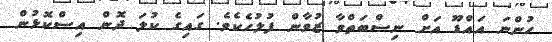
ހުންނަ އައްޑޫ އަށް ނިސްބަތްވާ ޒުވާން ފުލުހެކެވެ. ގައިގެ ކުލަ ދޮން އިސްކޮޅުން